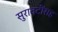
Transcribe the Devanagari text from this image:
सुरावटींसह